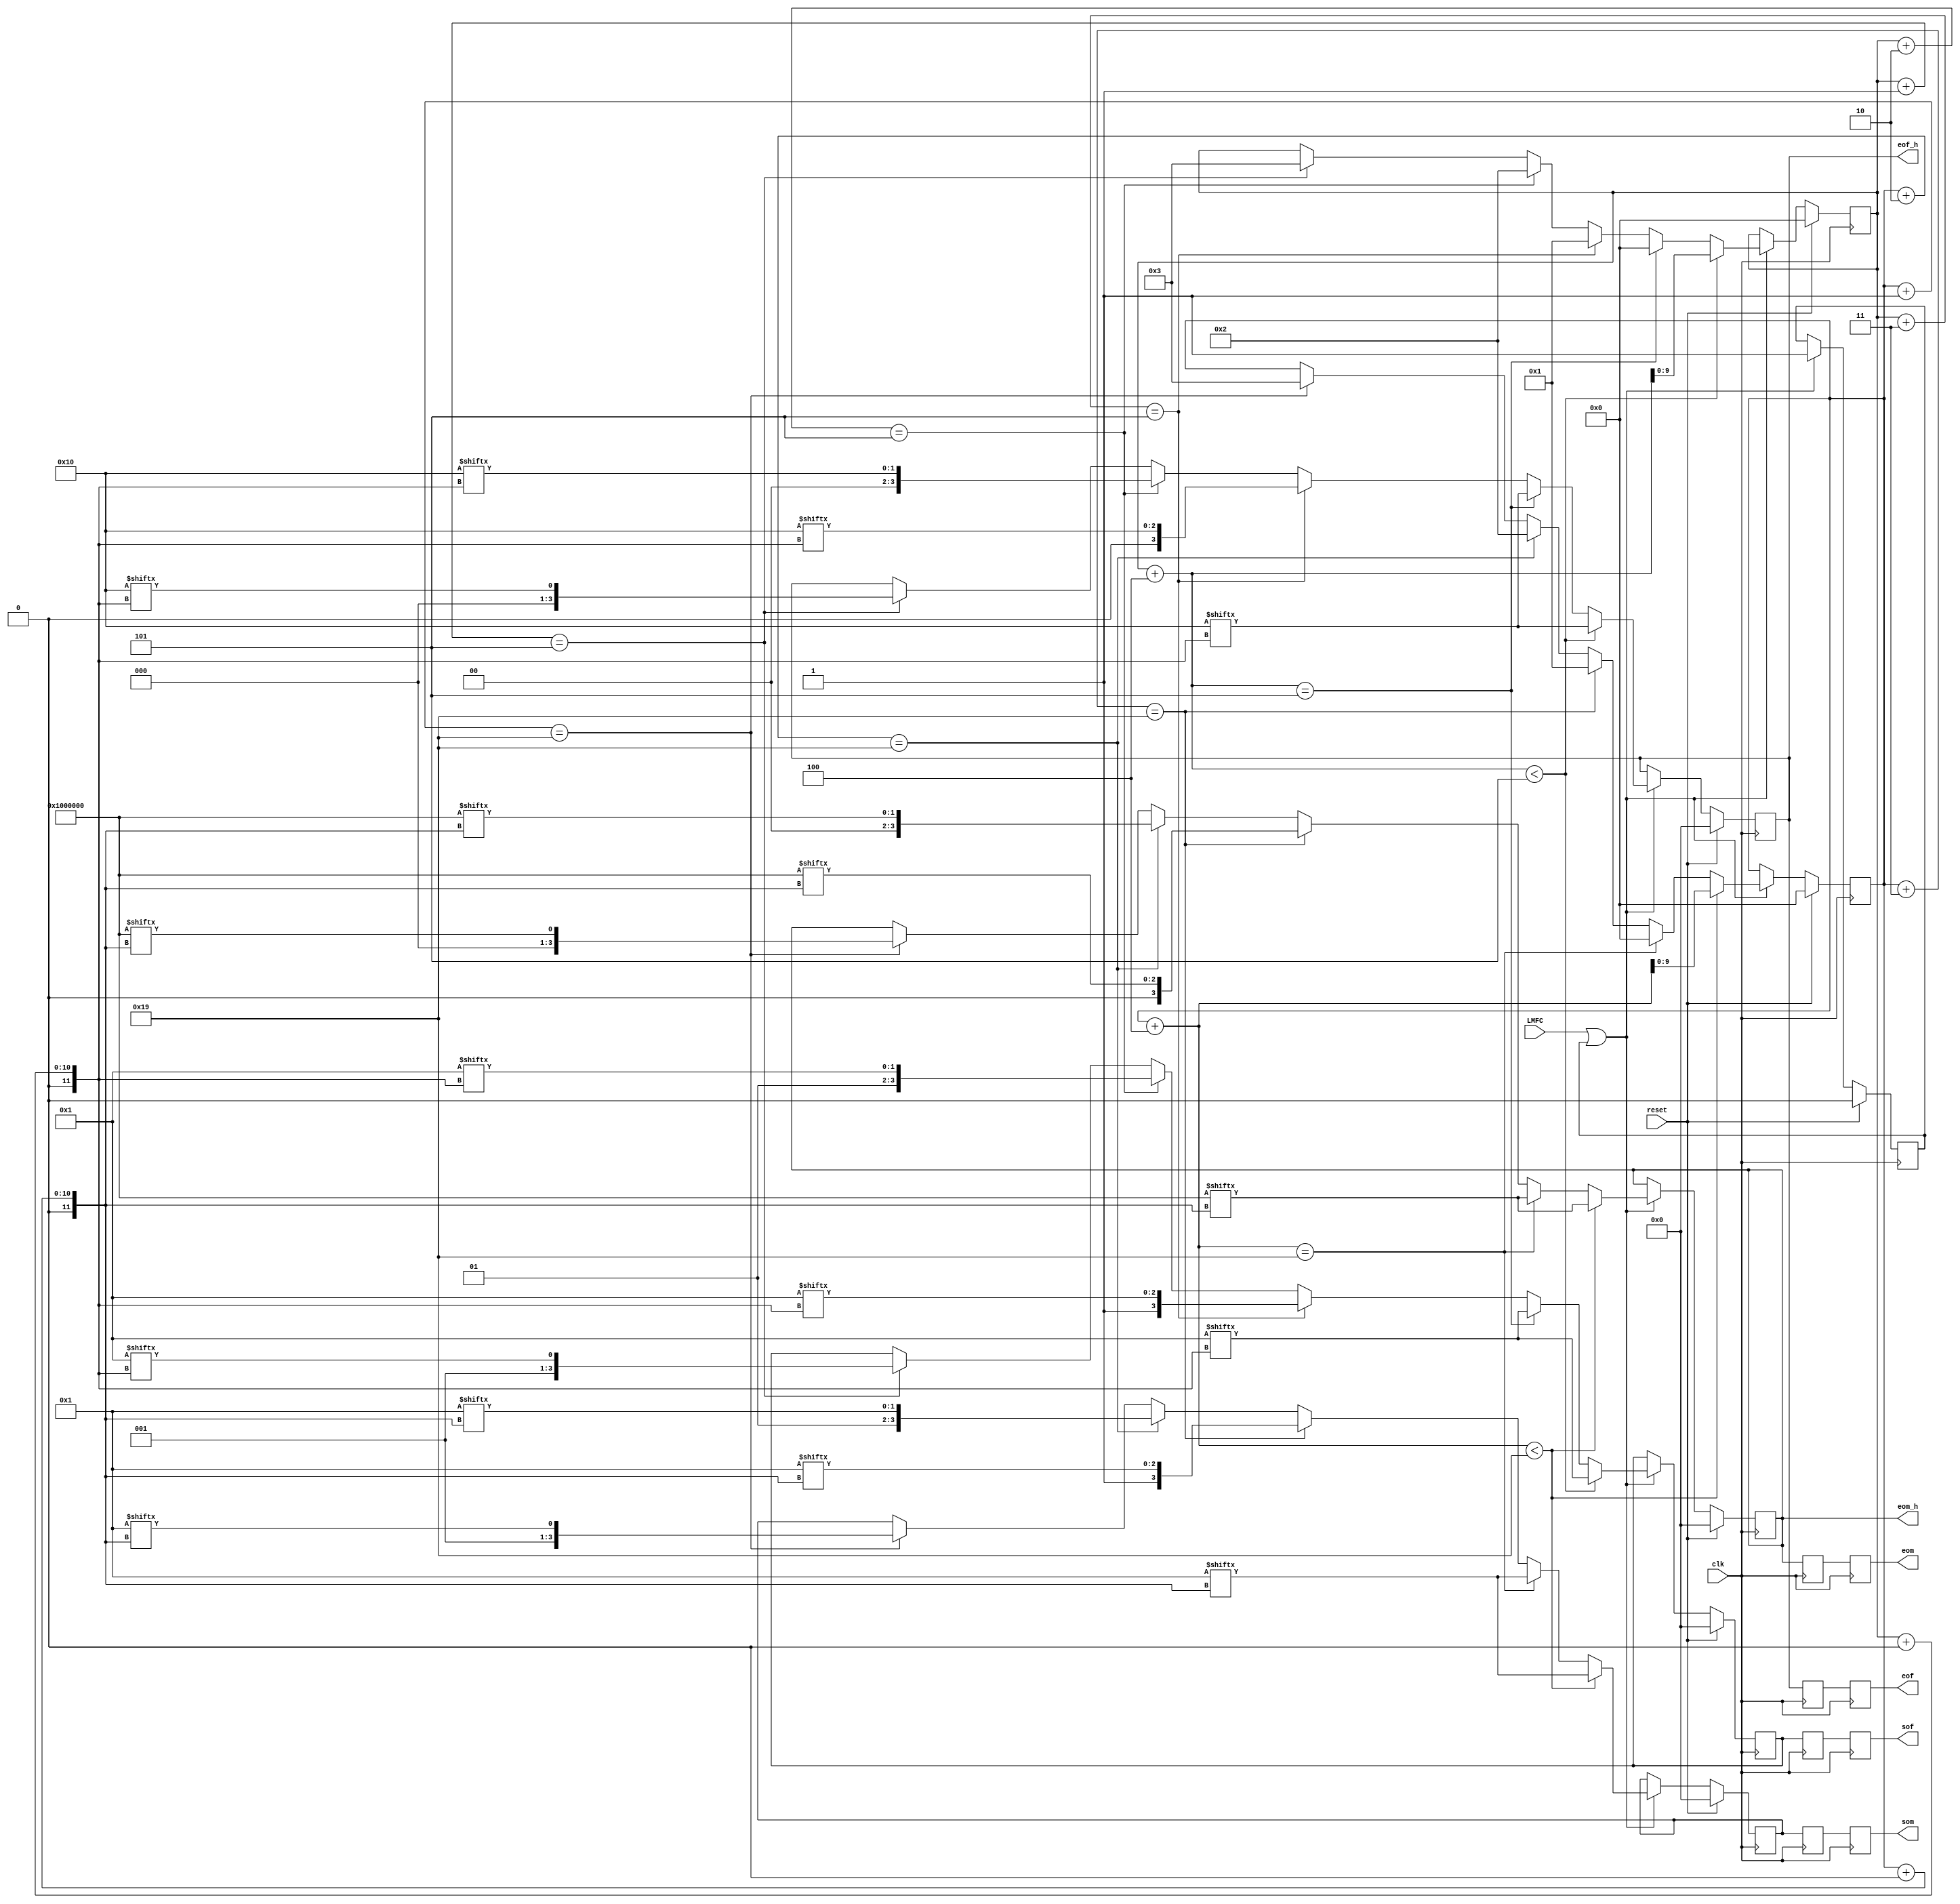
`timescale 1ns / 1ps
//////////////////////////////////////////////////////////////////////////////////
// Company: 
// Engineer: 
// 
// Design Name: 
// Module Name: jesd204b_dl_framemark
// Project Name: 
// Target Devices: 
// Tool Versions: 
// Description: 
// 
// Dependencies: 
// 
// Revision:
// Revision 0.01 - File Created
// Additional Comments:
// 
//////////////////////////////////////////////////////////////////////////////////


module jesd204b_dl_framemark #(
    parameter LANE_DATA_WIDTH = 32,
    parameter OCTET_PER_SENT = 4,
    parameter OCTETS_PER_FR = 5,
    parameter FRAMES_PER_MF = 5
    )(
    input clk,
    input reset,
    input LMFC,
    output reg [OCTET_PER_SENT-1:0] eof_h,
    output reg [OCTET_PER_SENT-1:0] eom_h,
    output reg [OCTET_PER_SENT-1:0] sof,
    output reg [OCTET_PER_SENT-1:0] eof,
    output reg [OCTET_PER_SENT-1:0] som,
    output reg [OCTET_PER_SENT-1:0] eom
    );
    
	localparam OCTETS_PER_MF = OCTETS_PER_FR * FRAMES_PER_MF;
	
    reg [9:0] octet_counter, octet_counter_fr;
    reg start_marking;
    
    reg [OCTET_PER_SENT-1:0] sof_h;
    //reg [OCTET_PER_SENT-1:0] eof_h;
    reg [OCTET_PER_SENT-1:0] som_h;
    //reg [OCTET_PER_SENT-1:0] eom_h;
	reg [OCTET_PER_SENT-1:0] sof_h2;
	reg [OCTET_PER_SENT-1:0] eof_h2;
	reg [OCTET_PER_SENT-1:0] som_h2;
	reg [OCTET_PER_SENT-1:0] eom_h2;
	
	wire [OCTETS_PER_FR-1:0] sof_t = {{(OCTETS_PER_FR-2){1'b0}}, 1'b1};
	wire [OCTETS_PER_FR-1:0] eof_t = {1'b1, {(OCTETS_PER_FR-1){1'b0}}};
	wire [OCTETS_PER_MF-1:0] som_t = {{(OCTETS_PER_MF-2){1'b0}}, 1'b1};
    wire [OCTETS_PER_MF-1:0] eom_t = {1'b1, {(OCTETS_PER_MF-1){1'b0}}};
    
    integer i;
    always @(posedge clk) begin
        if (reset) begin
            {sof_h, eof_h, som_h, eom_h} <= {4{4'b0}};
            start_marking <= 0;
            octet_counter <= 0; 
            octet_counter_fr <= 0;
        end else begin
            if (LMFC || start_marking) begin
                start_marking <= 1;
                
                /* Checking eof and sof */ 
                if (OCTETS_PER_FR == 'h3) begin
                    if (octet_counter == 0) begin 
                        octet_counter <= octet_counter + 1;
                        sof_h <= 4'b1001;
                        eof_h <= 4'b0100;
                    end else if (octet_counter == 1) begin 
                        octet_counter <= octet_counter + 1;
                        sof_h <= 4'b0100;
                        eof_h <= 4'b0010;
                    end else begin 
                        octet_counter <= 0;
                        sof_h <= 4'b0010;
                        eof_h <= 4'b1001;
                    end
                end else if (OCTETS_PER_FR == 'h2) begin 
                        sof_h <= 4'b0101;
                        eof_h <= 4'b1010;
                end else if (OCTETS_PER_FR == 'h1) begin
                    octet_counter <= 1;
                    sof_h <= 4'b1111;
                    eof_h <= 4'b1111;
                end else if (OCTETS_PER_FR > 'h4) begin 
                    if ((octet_counter+4) < OCTETS_PER_FR) begin 
                        octet_counter <= octet_counter + 4;
                        sof_h <= sof_t[octet_counter+:4];
                        eof_h <= eof_t[octet_counter+:4];
                    end else if ((octet_counter+4) == OCTETS_PER_FR) begin 
                        octet_counter <= 0;
                        sof_h <= sof_t[octet_counter+:4];
                        eof_h <= eof_t[octet_counter+:4];
                    end else if ((octet_counter+3) == OCTETS_PER_FR) begin
                        octet_counter <= 1;
                        sof_h <= {sof_t[0], sof_t[octet_counter+:3]};
                        eof_h <= {eof_t[0], eof_t[octet_counter+:3]};
                    end else if ((octet_counter+2) == OCTETS_PER_FR) begin
                        octet_counter <= 2;
                        sof_h <= {sof_t[1:0], sof_t[octet_counter+:2]};
                        eof_h <= {eof_t[1:0], eof_t[octet_counter+:2]};
                    end else if ((octet_counter+1) == OCTETS_PER_FR) begin
                        octet_counter <= 3;
                        sof_h <= {sof_t[2:0], sof_t[octet_counter+:1]};
                        eof_h <= {eof_t[2:0], eof_t[octet_counter+:1]};
                    end
                end else begin 
                    sof_h <= 4'b0001;
                    eof_h <= 4'b1000;
                end
                
                /* Checking eom and som */
                if ((octet_counter_fr+4) < OCTETS_PER_MF) begin 
                    octet_counter_fr <= octet_counter_fr + 4;
                    som_h <= som_t[octet_counter_fr+:4];
                    eom_h <= eom_t[octet_counter_fr+:4];
                end else if ((octet_counter_fr+4) == OCTETS_PER_MF) begin 
                    octet_counter_fr <= 0;
                    som_h <= som_t[octet_counter_fr+:4];
                    eom_h <= eom_t[octet_counter_fr+:4];
                end else if ((octet_counter_fr+3) == OCTETS_PER_MF) begin
                    octet_counter_fr <= 1;
                    som_h <= {som_t[0], som_t[octet_counter_fr+:3]};
                    eom_h <= {eom_t[0], eom_t[octet_counter_fr+:3]};
                end else if ((octet_counter_fr+2) == OCTETS_PER_MF) begin
                    octet_counter_fr <= 2;
                    som_h <= {som_t[1:0], som_t[octet_counter_fr+:2]};
                    eom_h <= {eom_t[1:0], eom_t[octet_counter_fr+:2]};
                end else if ((octet_counter_fr+1) == OCTETS_PER_MF) begin
                    octet_counter_fr <= 3;
                    som_h <= {som_t[2:0], som_t[octet_counter_fr+:1]};
                    eom_h <= {eom_t[2:0], eom_t[octet_counter_fr+:1]};
                end
			end
		end
    end
    
    always @(posedge clk) begin
        sof_h2 <= sof_h;
        eof_h2 <= eof_h;
        som_h2 <= som_h;
        eom_h2 <= eom_h;
    end
    
    always @(posedge clk) begin
        sof <= sof_h2;
        eof <= eof_h2;
        som <= som_h2;
        eom <= eom_h2;
    end
endmodule